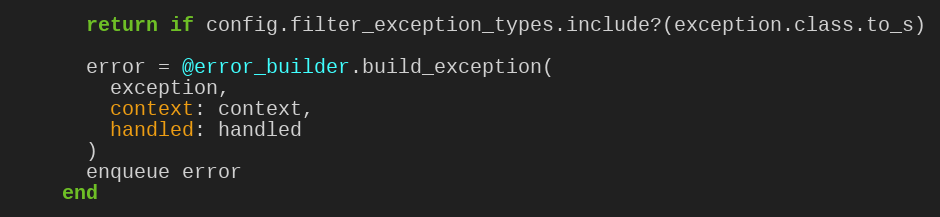
Language: Ruby
      return if config.filter_exception_types.include?(exception.class.to_s)

      error = @error_builder.build_exception(
        exception,
        context: context,
        handled: handled
      )
      enqueue error
    end